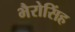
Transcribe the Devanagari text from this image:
भैरोसिंह